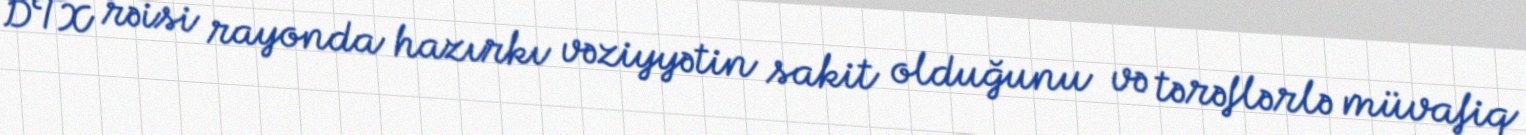
DTX rəisi rayonda hazırkı vəziyyətin sakit olduğunu və tərəflərlə müvafiq